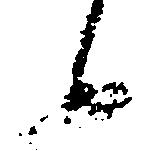
候